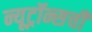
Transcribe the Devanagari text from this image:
न्यूट्रॉन्सची